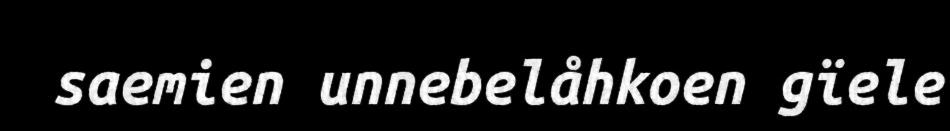
saemien unnebelåhkoen gïele